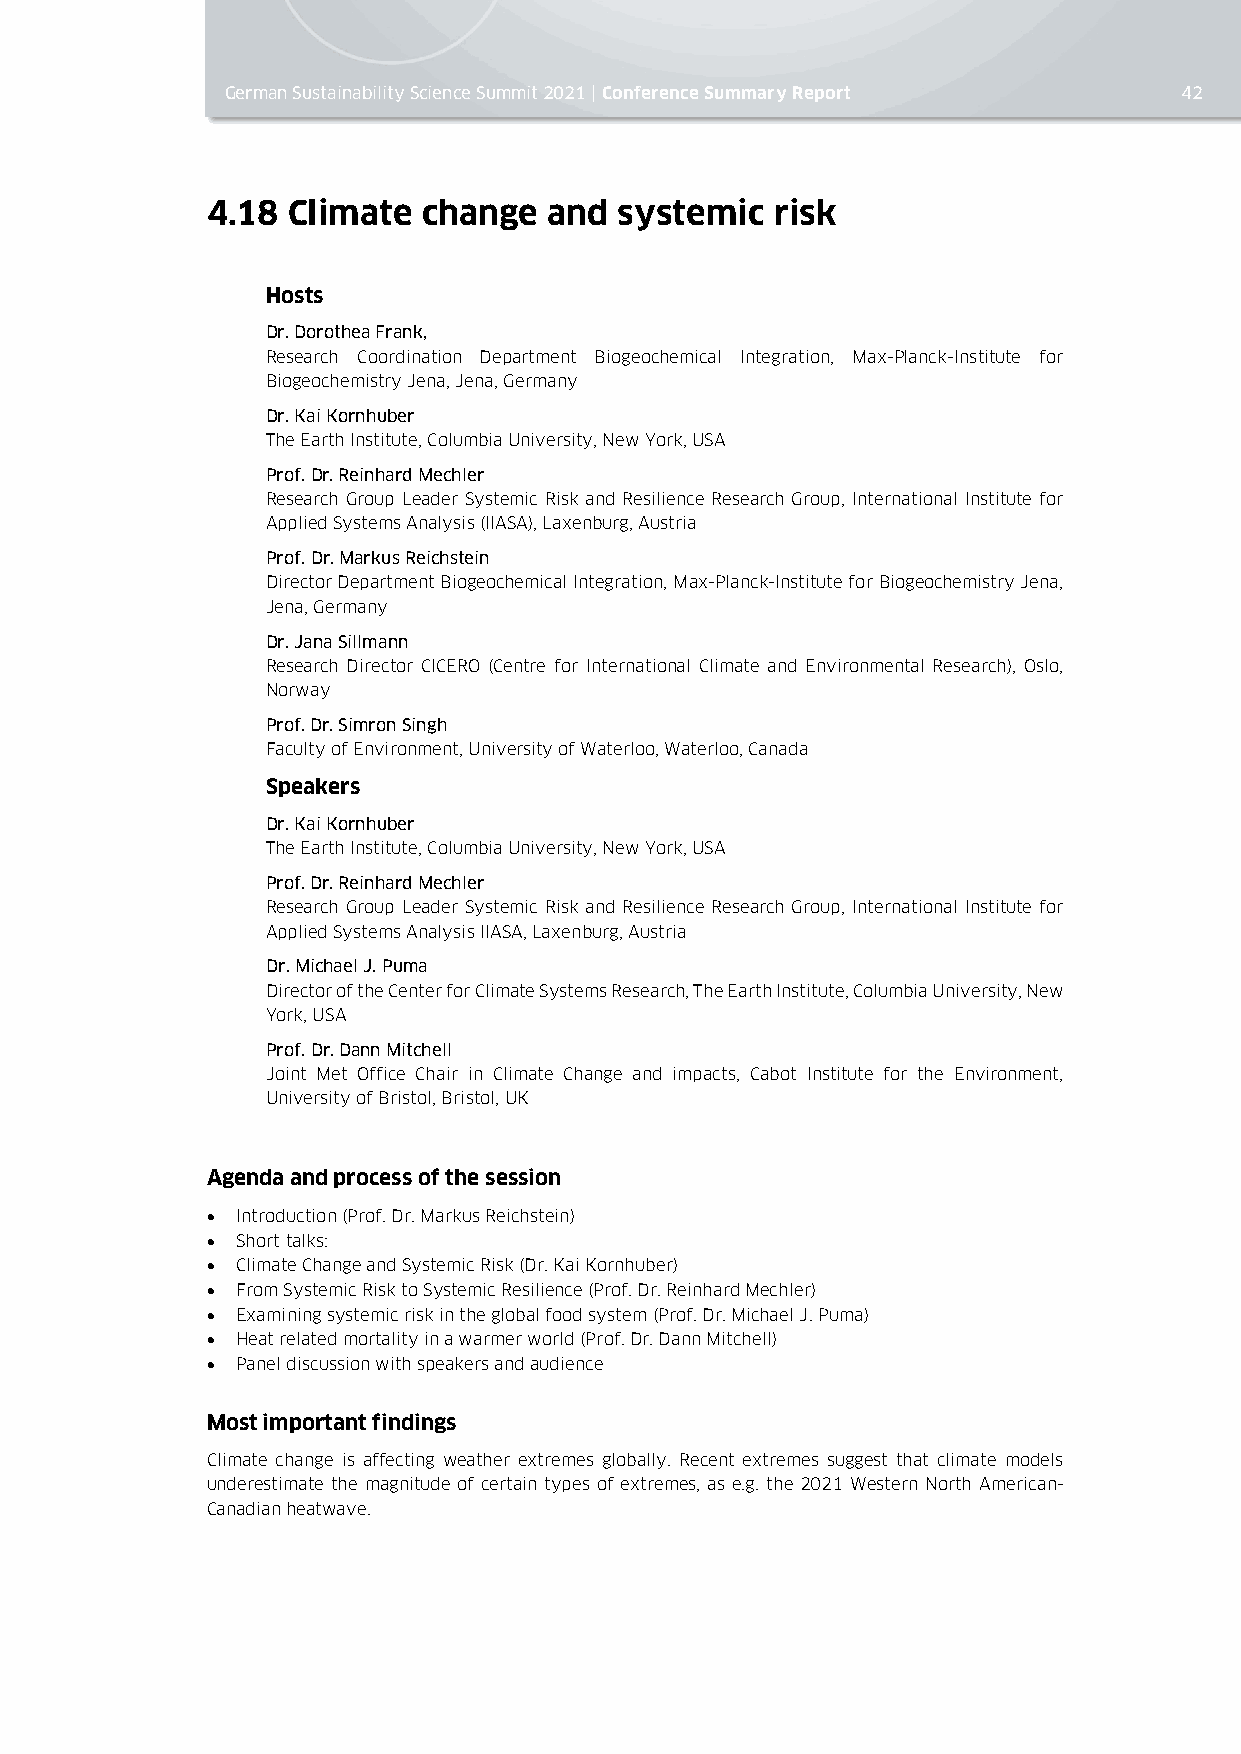
German Sustainability Science Summit 2021 | Conference Summary Report 42
 4.18 Climate  change  and  systemic  risk
 Hosts
 Dr. Dorothea Frank,
 Research Coordination Department Biogeochemical Integration, Max-Planck-Institute for
 Biogeochemistry Jena, Jena, Germany
 Dr. Kai Kornhuber
 The Earth Institute, Columbia University, New York, USA
 Prof. Dr. Reinhard Mechler
 Research Group Leader Systemic Risk and Resilience Research Group, International Institute for
 Applied Systems Analysis (IIASA), Laxenburg, Austria
 Prof. Dr. Markus Reichstein
 Director Department Biogeochemical Integration, Max-Planck-Institute for Biogeochemistry Jena,
 Jena, Germany
 Dr. Jana Sillmann
 Research Director CICERO (Centre for International Climate and Environmental Research), Oslo,
 Norway
 Prof. Dr. Simron Singh
 Faculty of Environment, University of Waterloo, Waterloo, Canada
 Speakers
 Dr. Kai Kornhuber
 The Earth Institute, Columbia University, New York, USA
 Prof. Dr. Reinhard Mechler
 Research Group Leader Systemic Risk and Resilience Research Group, International Institute for
 Applied Systems Analysis IIASA, Laxenburg, Austria
 Dr. Michael J. Puma
 Director of the Center for Climate Systems Research, The Earth Institute, Columbia University, New
 York, USA
 Prof. Dr. Dann Mitchell
 Joint Met Office Chair in Climate Change and impacts, Cabot Institute for the Environment,
 University of Bristol, Bristol, UK
 Agenda and process of the session
 • Introduction (Prof. Dr. Markus Reichstein)
 • Short talks:
 • Climate Change and Systemic Risk (Dr. Kai Kornhuber)
 • From Systemic Risk to Systemic Resilience (Prof. Dr. Reinhard Mechler)
 • Examining systemic risk in the global food system (Prof. Dr. Michael J. Puma)
 • Heat related mortality in a warmer world (Prof. Dr. Dann Mitchell)
 • Panel discussion with speakers and audience
 Most important findings
 Climate change is affecting weather extremes globally. Recent extremes suggest that climate models
 underestimate the magnitude of certain types of extremes, as e.g. the 2021 Western North American-
 Canadian heatwave.